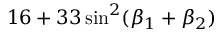
1 6 + 3 3 \sin ^ { 2 } ( \beta _ { 1 } + \beta _ { 2 } )